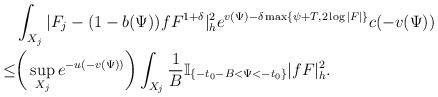
LaTeX: \begin{align*}&\int_{X_j}|F_{j}-(1-b(\Psi))fF^{1+\delta}|_{h}^2e^{v(\Psi)-\delta \max\{\psi+T,2\log|F|\}}c(-v(\Psi))\\\le&\bigg(\sup_{X_j}e^{-u(-v(\Psi))}\bigg)\int_{X_j}\frac{1}{B}\mathbb{I}_{\{-t_0-B<\Psi<-t_0\}} |fF|^2_h.\end{align*}